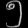
Digit: ၅